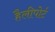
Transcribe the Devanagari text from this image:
हैलीपोर्ट